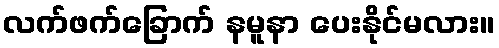
လက်ဖက်ခြောက် နမူနာ ပေးနိုင်မလား။